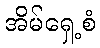
အိမ်ရှေ့စံ